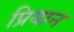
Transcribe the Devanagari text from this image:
प्रियान